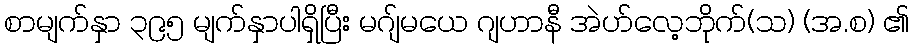
စာမျက်နှာ ၃၉၅ မျက်နှာပါရှိပြီး မဂျ်မယေ ဂျဟာနီ အဲဟ်လေ့ဘိုက်(သ) (အ.စ) ၏